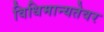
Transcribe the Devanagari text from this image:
विधिमान्यतेवर